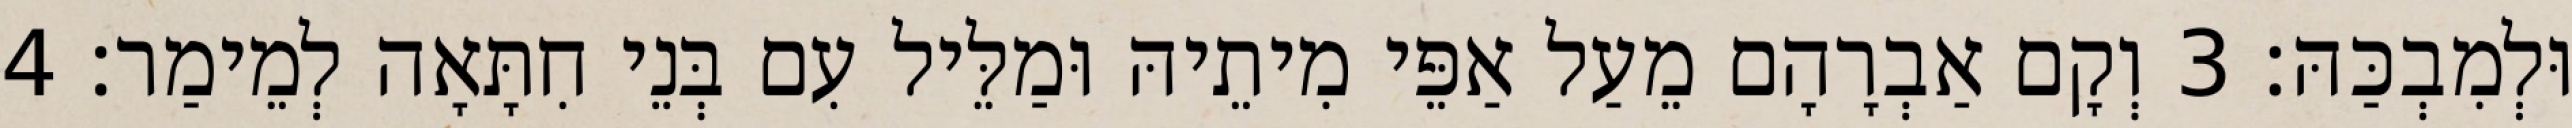
וּלְמִבְכַּהּ׃ 3 וְקָם אַבְרָהָם מֵעַל אַפֵּי מִיתֵיהּ וּמַלֵּיל עִם בְּנֵי חִתָּאָה לְמֵימַר׃ 4